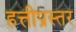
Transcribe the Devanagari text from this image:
हत्तीप्रस्तर